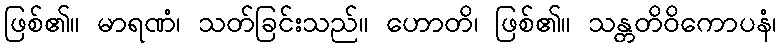
ဖြစ်၏။ မာရဏံ၊ သတ်ခြင်းသည်။ ဟောတိ၊ ဖြစ်၏။ သန္တတိဝိကောပနံ၊